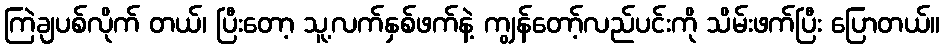
ကြဲချပစ်လိုက် တယ်၊ ပြီးတော့ သူ့လက်နှစ်ဖက်နဲ့ ကျွန်တော့်လည်ပင်းကို သိမ်းဖက်ပြီး ပြောတယ်။